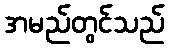
အမည်တွင်သည်